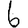
Digit: 6